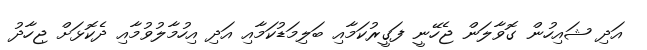
އަދި ޝައިހުން ގޮވާލަން ޖެހޭނީ ފަގީރުކަމާއި ބަލިމަޑުކަމާއި އަދި އިހުމާލުވުމާއި ދެކޮޅަށް ޖިހާދު